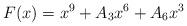
LaTeX: \begin{align*} F(x)=x^9+A_3x^6+A_6x^3\end{align*}